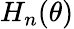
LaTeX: H_{n}(\theta)